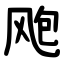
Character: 飑